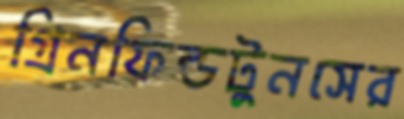
গ্রিনফিল্ডটুনসের